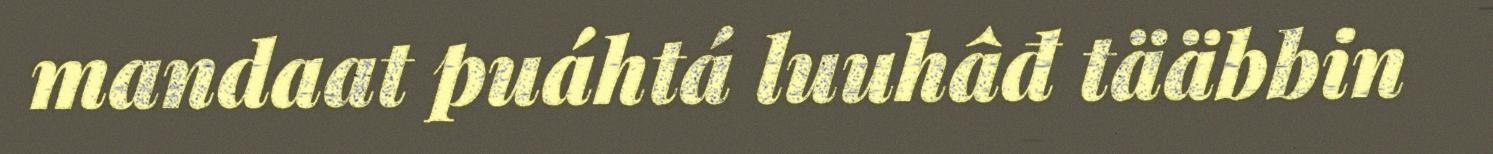
mandaat puáhtá luuhâđ tääbbin